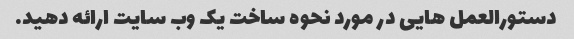
دستورالعمل هایی در مورد نحوه ساخت یک وب سایت ارائه دهید.